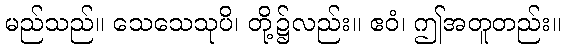
မည်သည်။ သေသေသုပိ၊ တို့၌လည်း။ ဧဝံ၊ ဤအတူတည်း။